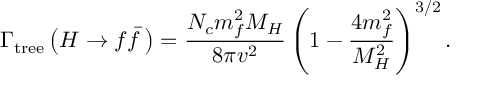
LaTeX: \Gamma _ { \mathrm { t r e e } } \left( H \rightarrow f \bar { f } \, \right) = { \frac { N _ { c } m _ { f } ^ { 2 } M _ { H } } { 8 \pi v ^ { 2 } } } \left( 1 - { \frac { 4 { m _ { f } ^ { 2 } } } { M _ { H } ^ { 2 } } } \right) ^ { 3 / 2 } .